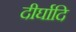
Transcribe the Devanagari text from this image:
दीर्घादि